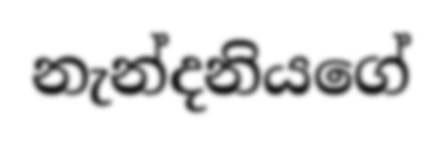
නැන්දනියගේ